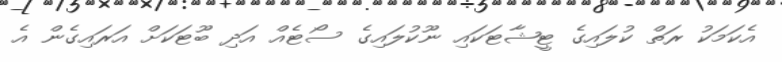
އެކަމަކު ރަތް ކުލައިގެ ޓީޝާޓަކައި ނޫކުލައިގެ ސޯޓެއް އަދި ބޫޓަކަށް އަރައިގެން އެ